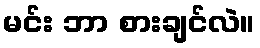
မင်း ဘာ စားချင်လဲ။